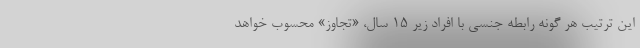
این ترتیب هر گونه رابطه جنسی با افراد زیر ۱۵ سال، «تجاوز» محسوب خواهد